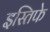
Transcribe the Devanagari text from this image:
इस्तिफे